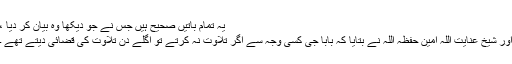
یہ تمام باتیں صحیح ہیں جس نے جو دیکھا وہ بیان کر دیا ،
اور شیخ عنایت اللہ امین حفظہ اللہ نے بتایا کہ بابا جی کسی وجہ سے اگر تلاوت نہ کرتے تو اگلے دن تلاوت کی قضائی دیتے تھے ۔